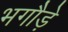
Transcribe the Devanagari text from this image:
भगौड़े